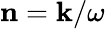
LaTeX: {\mathbf n}={\mathbf k}/\omega